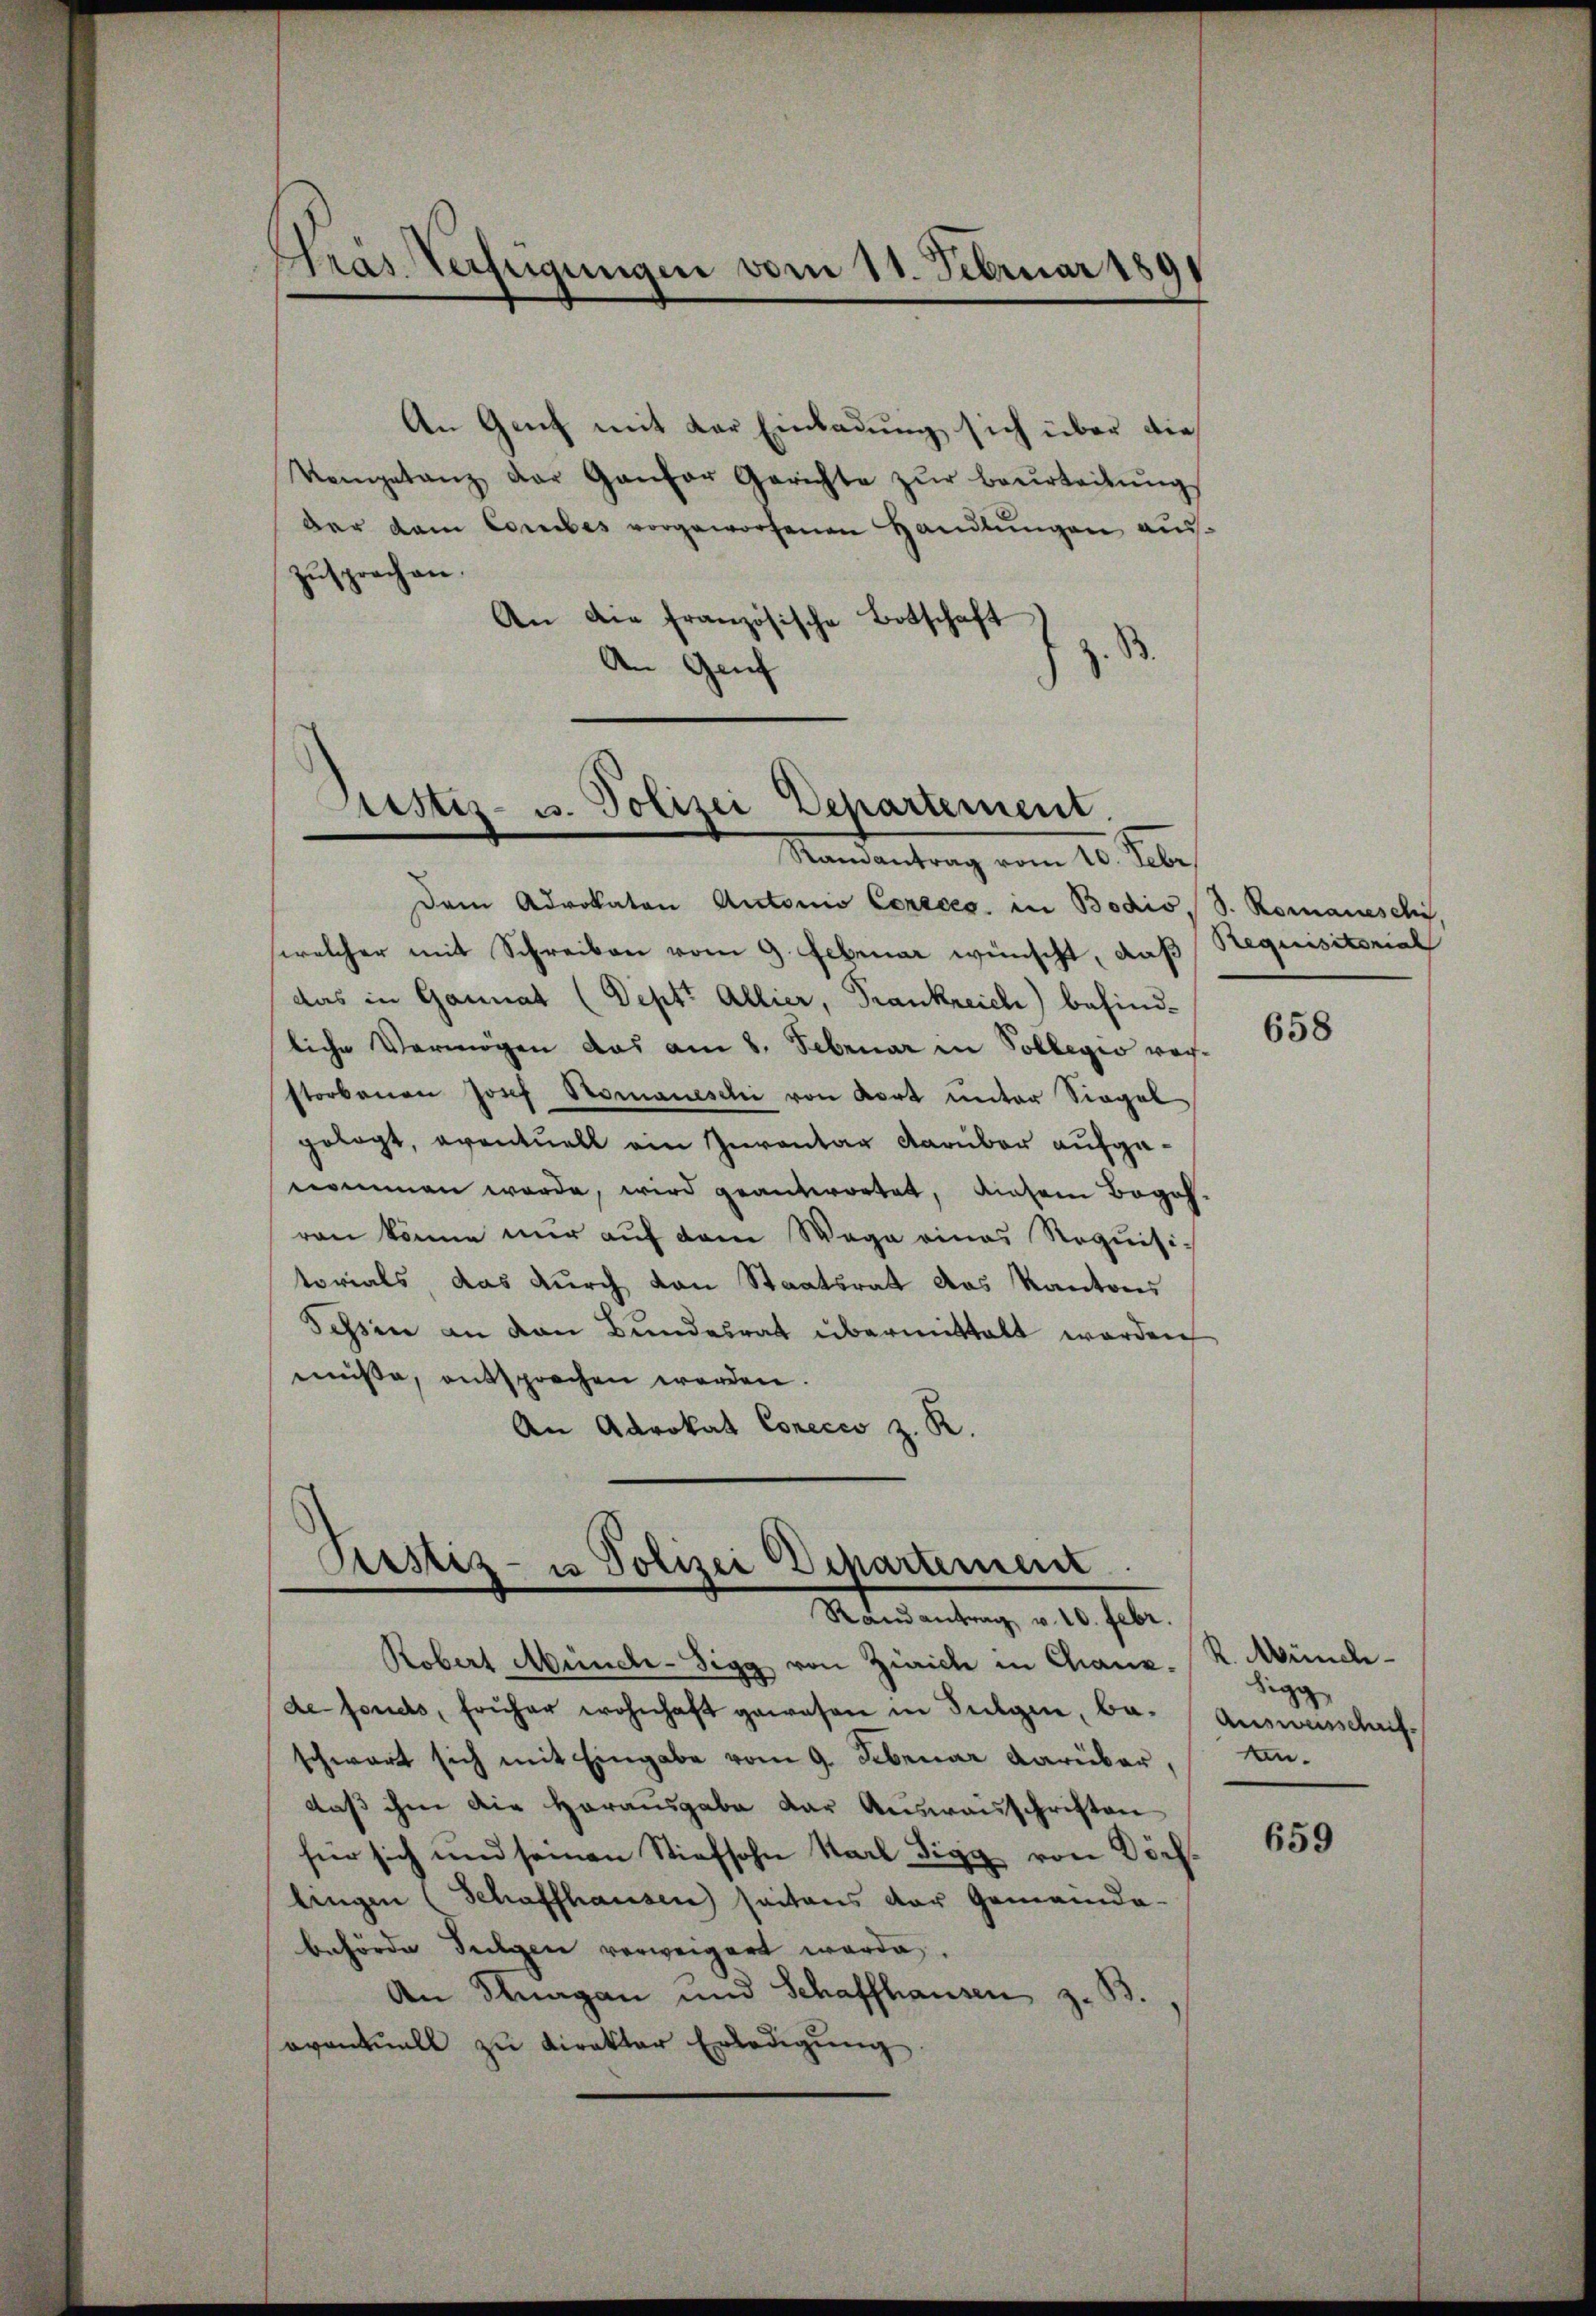
Gras Verfügungen vom 11. Februar 189
¬

An Genf mit der Einladung sich über die¬
Vegetanz der Ganzer Gerichte zŭr beurteilŭng
der dem Corbes vorgeworfenen Handlungen auszusprechen.
An die französische Botschaft
z. B.
An Genf

Sistiz- u. Polizei Departement.
Mandantrag vom 20. Feber

Piustiz- u Polizei Departement
Randantrag v. 10. Febr.

Robert Münch-Sigg von Zürich in Chanz. R. Mündide fonds, früher wohnhaft gewesen in Fulgen, ba- Ausweisschrifschwart sich mit Eingabe vom 9. Februar darüber,
daß ihm die Herausgabe der Ausweisschriften
für sich und seinen Stiefsohn Karl Sigg von Döch
lingen (Schaffhausen seitens der Gemeinde-
behörde Tugen verweigert werde.
An Knagan und Schaffhausen z. B.
aventuell zu direktor Erledigung

dem Advokaten Antonio Creces. in Bodis, S. Romaneschi,
welcher mit Schreiben vom 9. Februar wünscht, daß Requisitorial
das in Gannat (Deptt Allier, Frankreich) befindliche Vermögen das am 8. Februar in Sollegio rechstorbenen Josef Romaneschi von dort unter Siegel
gelegt, eventuell ein Inventag darüber aufgenommen werde, wird geantwortet, diesem Begehran könne nŭr aŭf dem Wege eines Requisi-
torials das durch von Staatsrat das Kantons
Tessin an den Bundesrat übermittalt werden
müße, entsprochen werden.
An Aarokat Conecco z. R.

658

Sigg
n.

659